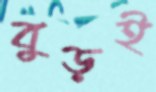
বুড়ই